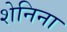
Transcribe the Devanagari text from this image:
शेनिना